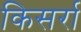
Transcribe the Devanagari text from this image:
किसर्रा